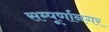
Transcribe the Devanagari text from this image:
सम्पूर्णानगर